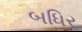
બધિર